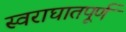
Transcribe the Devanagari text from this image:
स्वराघातपूर्ण